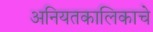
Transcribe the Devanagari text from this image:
अनियतकालिकाचे